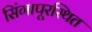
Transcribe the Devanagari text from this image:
सिंगापूरस्थित